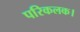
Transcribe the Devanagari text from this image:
परिकलक।